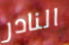
النادر